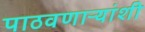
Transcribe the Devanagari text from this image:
पाठवणाऱ्यांशी